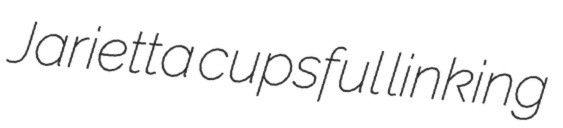
Jarietta cupsful linking